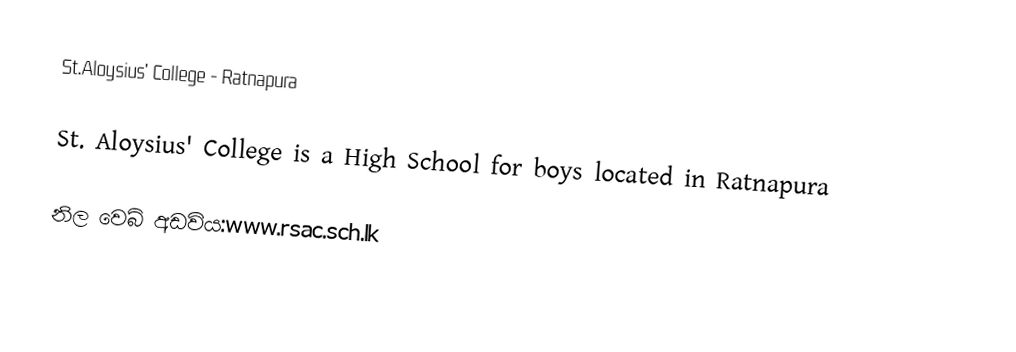
St.Aloysius' College - Ratnapura

St. Aloysius' College is a High School for boys located in Ratnapura

නිල වෙබ් අඩවිය:www.rsac.sch.lk